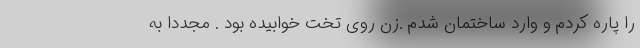
را پاره کردم و وارد ساختمان شدم .زن روی تخت خوابیده بود . مجددا به